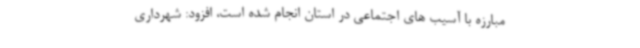
مبارزه با آسیب های اجتماعی در استان انجام شده است، افزود: شهرداری